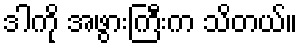
ဒါကို အဖွားကြီးက သိတယ်။